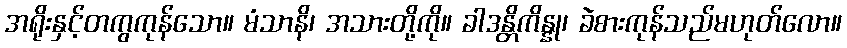
အရိုးနှင့်တကွကုန်သော။ မံသာနိ၊ အသားတို့ကို။ ခါဒန္တိကိန္နု၊ ခဲစားကုန်သည်မဟုတ်လော။